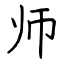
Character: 师